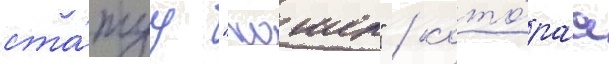
ста́туу "хошен" / кото́раа